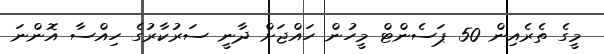
މީގެ ތެރެއިން 50 ޕަސެންޓް މީހުން ހައްޖަށް ދާނީ ސަރުކާރުގެ ހިއްސާ އޮންނަ